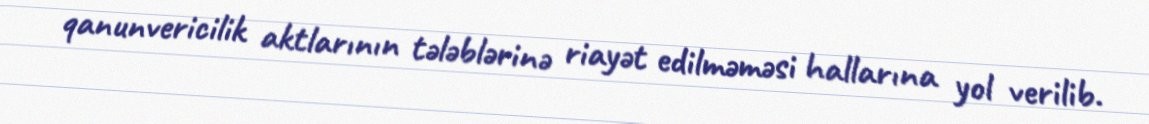
qanunvericilik aktlarının tələblərinə riayət edilməməsi hallarına yol verilib.